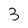
Character: 3